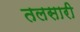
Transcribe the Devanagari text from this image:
तलसारी